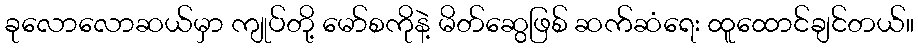
ခုလောလောဆယ်မှာ ကျုပ်တို့ မော်စကိုနဲ့ မိတ်ဆွေဖြစ် ဆက်ဆံရေး ထူထောင်ချင်တယ်။